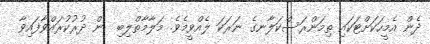
ދެން އެމީހަކަށްޓަކައި ތިމަންރަސްކަލާނގެ ނަރަކަ ލެއްވީމެވެ. މަލާމާތްލިބި  ން ދުރުކުރައްވާފައިވާ